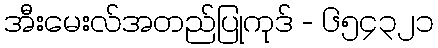
အီးမေးလ်အတည်ပြုကုဒ် - ၆၅၄၃၂၁